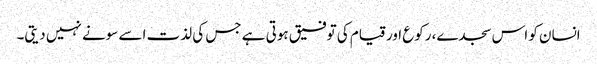
انسان کو اس سجدے، رکوع اور قیام کی توفیق ہوتی ہے جس کی لذت اسے سونے نہیں دیتی۔